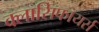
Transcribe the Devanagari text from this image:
क्लासिफायर्स